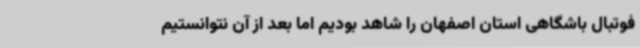
فوتبال باشگاهی استان اصفهان را شاهد بودیم اما بعد از آن نتوانستیم